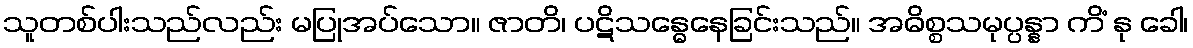
သူတစ်ပါးသည်လည်း မပြုအပ်သော။ ဇာတိ၊ ပဋိသန္ဓေနေခြင်းသည်။ အဓိစ္စသမုပ္ပန္နာ ကိံ နု ခေါ၊